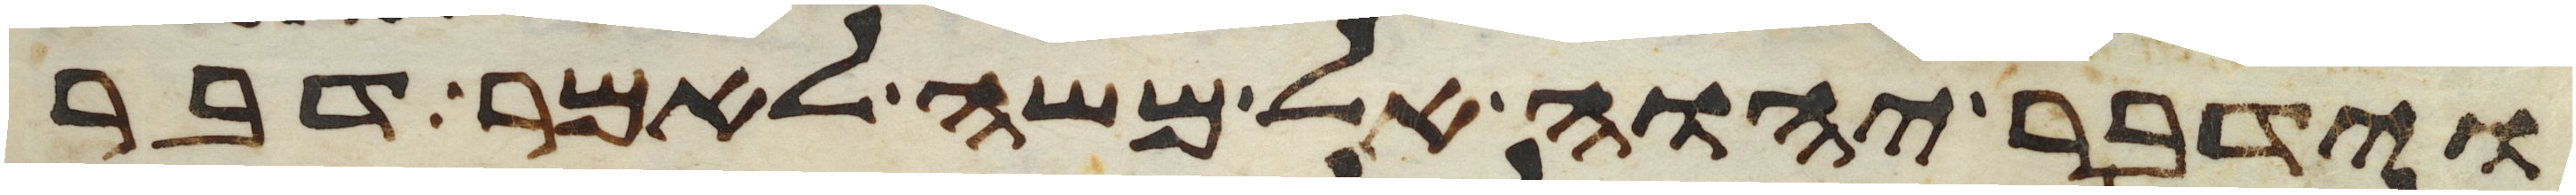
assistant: וידבר יהוה אל משה לאמר דבר